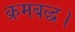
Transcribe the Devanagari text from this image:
क्रमबद्ध।